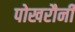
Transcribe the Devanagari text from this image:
पोखरौनी